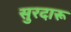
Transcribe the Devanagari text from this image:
सुरदारू